Annual report of the Civil Veterinary Department, Bengal, and of the Bengal Veterinary College for the year 1905-1906 - 1905-1906
Year: 1905
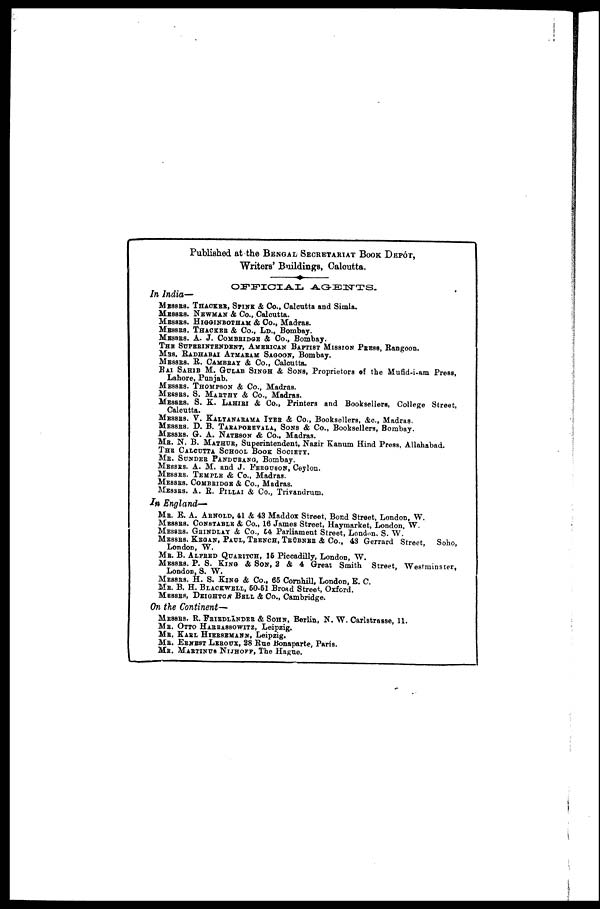
Published at the BENGAL SECRETARIAT BOOK DEPÔT,
Writers' Buildings, Calcutta.
OFFICIAL
AGENTS.
In India—
MESSRS. THACKER, SPINK & Co., Calcutta and Simla.
MESSRS. NEWMAN & Co., Calcutta.
MESSRS. HIGGINBOTHAM & Co., Madras.
MESSRS. THACKER & Co., LD., Bombay.
MESSRS. A. J. COMBRIDGE & Co., Bombay.
THE SUPERINTENDENT, AMERICAN BAPTIST MISSION PRESS, Rangoon.
MRS. RADHABAI ATMARAM SAGOON, Bombay.
MESSRS. R. CAMBRAY & Co., Calcutta.
RAI SAHIB M. GULAB SINGH & SONS, Proprietors of the Mufid-i-am Press,
Lahore, Punjab.
MESSES. THOMPSON & Co., Madras.
MESSRS. S. MARTHY & Co., Madras.
MESSRS. S. K. LAHIRI & Co., Printers and Booksellers, College Street,
Calcutta.
MESSRS. V. KALYANARAMA IYER & Co., Booksellers, &c., Madras.
MESSRS. D. B. TAEAPOREVALA, SONS & Co., Booksellers, Bombay.
MESSRS. G. A. NATESON & Co., Madras.
MR. N. B. MATHUR, Superintendent, Nazir Kanum Hind Press, Allahabad.
THE CALCUTTA SCHOOL BOOK SOCIETY.
MR. SUNDER PANDURANG, Bombay.
MESSES. A. M. and J. FERGUSON, Ceylon.
MESSRS. TEMPLE & Co., Madras.
MESSRS. COMBRIDGE & Co., Madras.
MESSRS. A. R. PILLAI & Co., Trivandrum.
In England—
MB. E. A. ARNOLD, 41 & 43 Maddox Street, Bond Street, London, W.
MESSRS. CONSTABLE & Co., 16 James Street, Haymarket, London, W.
MESSRS. GRINDLAY & Co., 64 Parliament Street, London. S. W.
MESSRS. KEGAN, PAUL, TRENCH, TRÜBNER & Co., 43 Gerrard Street,
Soho,
London, W.
MB. B. ALFRED QUARITCH, 15 Piccadilly, London, W.
MESSES. P. S. KING & SON, 2 & 4 Great Smith Street. Westminster,
London, S. W.
MESSRS. H. S. KING & Co., 65 Cornhill, London, E. C.
MR. B. H. BLACKWELL, 60-51 Broad Street, Oxford.
MESSRS, DEIGHTON BELL & Co., Cambridge.
On the Continent—
MESSRS. R. FRIEDLÄNDER & SOHN, Berlin, N. W. Carlstrasse, 11.
MB. OTTO HARRASSOWITZ, Leipzig.
MR. KARL HIERSEMANN, Leipzig.
MR. ERNEST LEROUX, 28 Rue Bonaparte, Paris.
MR. MARTINUS NIJHOFF, The Hague.